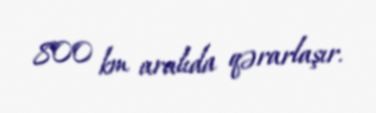
800 km aralıda qərarlaşır.